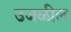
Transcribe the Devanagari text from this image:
उजळील